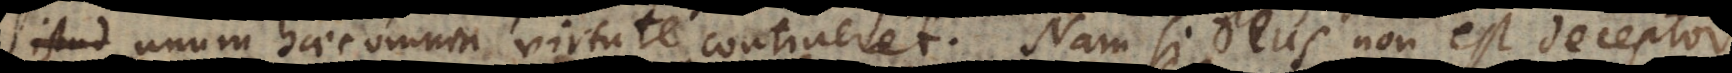
ud unum haec omnia virtute contineret. Nam si Deus non est deceptor